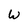
Character: W